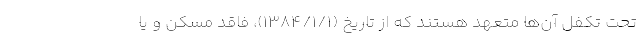
تحت تکفل آن‌ها متعهد هستند که از تاریخ (۱۳۸۴/۱/۱)، فاقد مسکن و یا